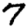
Digit: 7